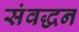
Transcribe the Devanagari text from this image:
संवद्धन